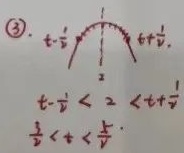
$t - \frac{1}{2} &< 2 < t + \frac{1}{2}$\\
$\frac{3}{2} &< t < \frac{5}{2}$